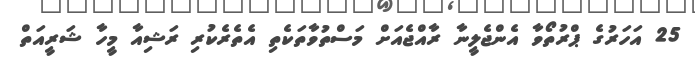
25 އަހަރުގެ ޕްރުތޯވާ އެންޖެލީނާ ރާއްޖެއަށް މަސްތުވާތަކެތި އެތެރެކުރި ރަޝިއާ މީހާ ޝަރީއަތް